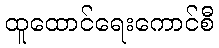
ထူထောင်ရေးကောင်စီ